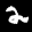
Label: 2